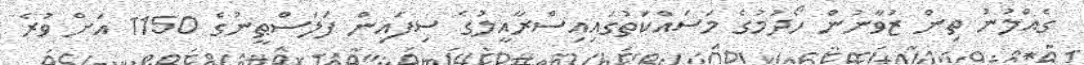
ގެއްލުނު ތިން ޒުވާނުން ހޯދުމުގެ މަސައްކަތުގައިއިސްރާއީލުގެ ސިފައިން ފަލަސްޠީނުގެ 1150 އަށް ވުރެ